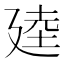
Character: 𫸒